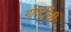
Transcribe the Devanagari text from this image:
गोष्‍टींची